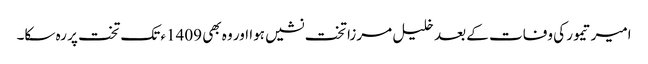
امیر تیمور کی وفات کے بعد خلیل مرزا تخت نشیں ہوا اور وہ بھی 1409ء تک تخت پر رہ سکا۔